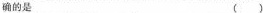
确的是()